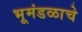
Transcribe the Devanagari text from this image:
भूमंडळाचे